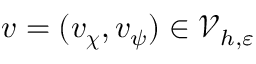
v = ( \boldsymbol { v } _ { \boldsymbol { \chi } } , v _ { \psi } ) \in \mathcal { V } _ { h , \varepsilon }